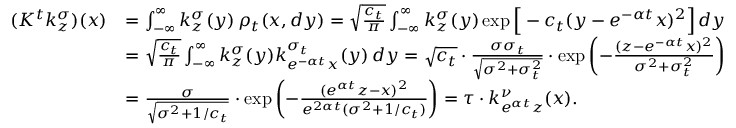
\begin{array} { r l } { ( K ^ { t } k _ { z } ^ { \sigma } ) ( x ) } & { = \int _ { - \infty } ^ { \infty } k _ { z } ^ { \sigma } ( y ) \, \rho _ { t } ( x , d y ) = \sqrt { \frac { c _ { t } } { \pi } } \int _ { - \infty } ^ { \infty } k _ { z } ^ { \sigma } ( y ) \exp \Big [ - c _ { t } ( y - e ^ { - \alpha t } x ) ^ { 2 } \Big ] \, d y } \\ & { = \sqrt { \frac { c _ { t } } { \pi } } \int _ { - \infty } ^ { \infty } k _ { z } ^ { \sigma } ( y ) k _ { e ^ { - \alpha t } x } ^ { \sigma _ { t } } ( y ) \, d y = \sqrt { c _ { t } } \cdot \frac { \sigma \sigma _ { t } } { \sqrt { \sigma ^ { 2 } + \sigma _ { t } ^ { 2 } } } \cdot \exp \left( - \frac { ( z - e ^ { - \alpha t } x ) ^ { 2 } } { \sigma ^ { 2 } + \sigma _ { t } ^ { 2 } } \right) } \\ & { = \frac { \sigma } { \sqrt { \sigma ^ { 2 } + 1 / c _ { t } } } \cdot \exp \left( - \frac { ( e ^ { \alpha t } z - x ) ^ { 2 } } { e ^ { 2 \alpha t } ( \sigma ^ { 2 } + 1 / c _ { t } ) } \right) = \tau \cdot k _ { e ^ { \alpha t } z } ^ { \nu } ( x ) . } \end{array}